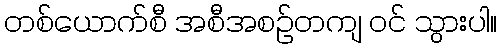
တစ်ယောက်စီ အစီအစဉ်တကျ ဝင် သွားပါ။